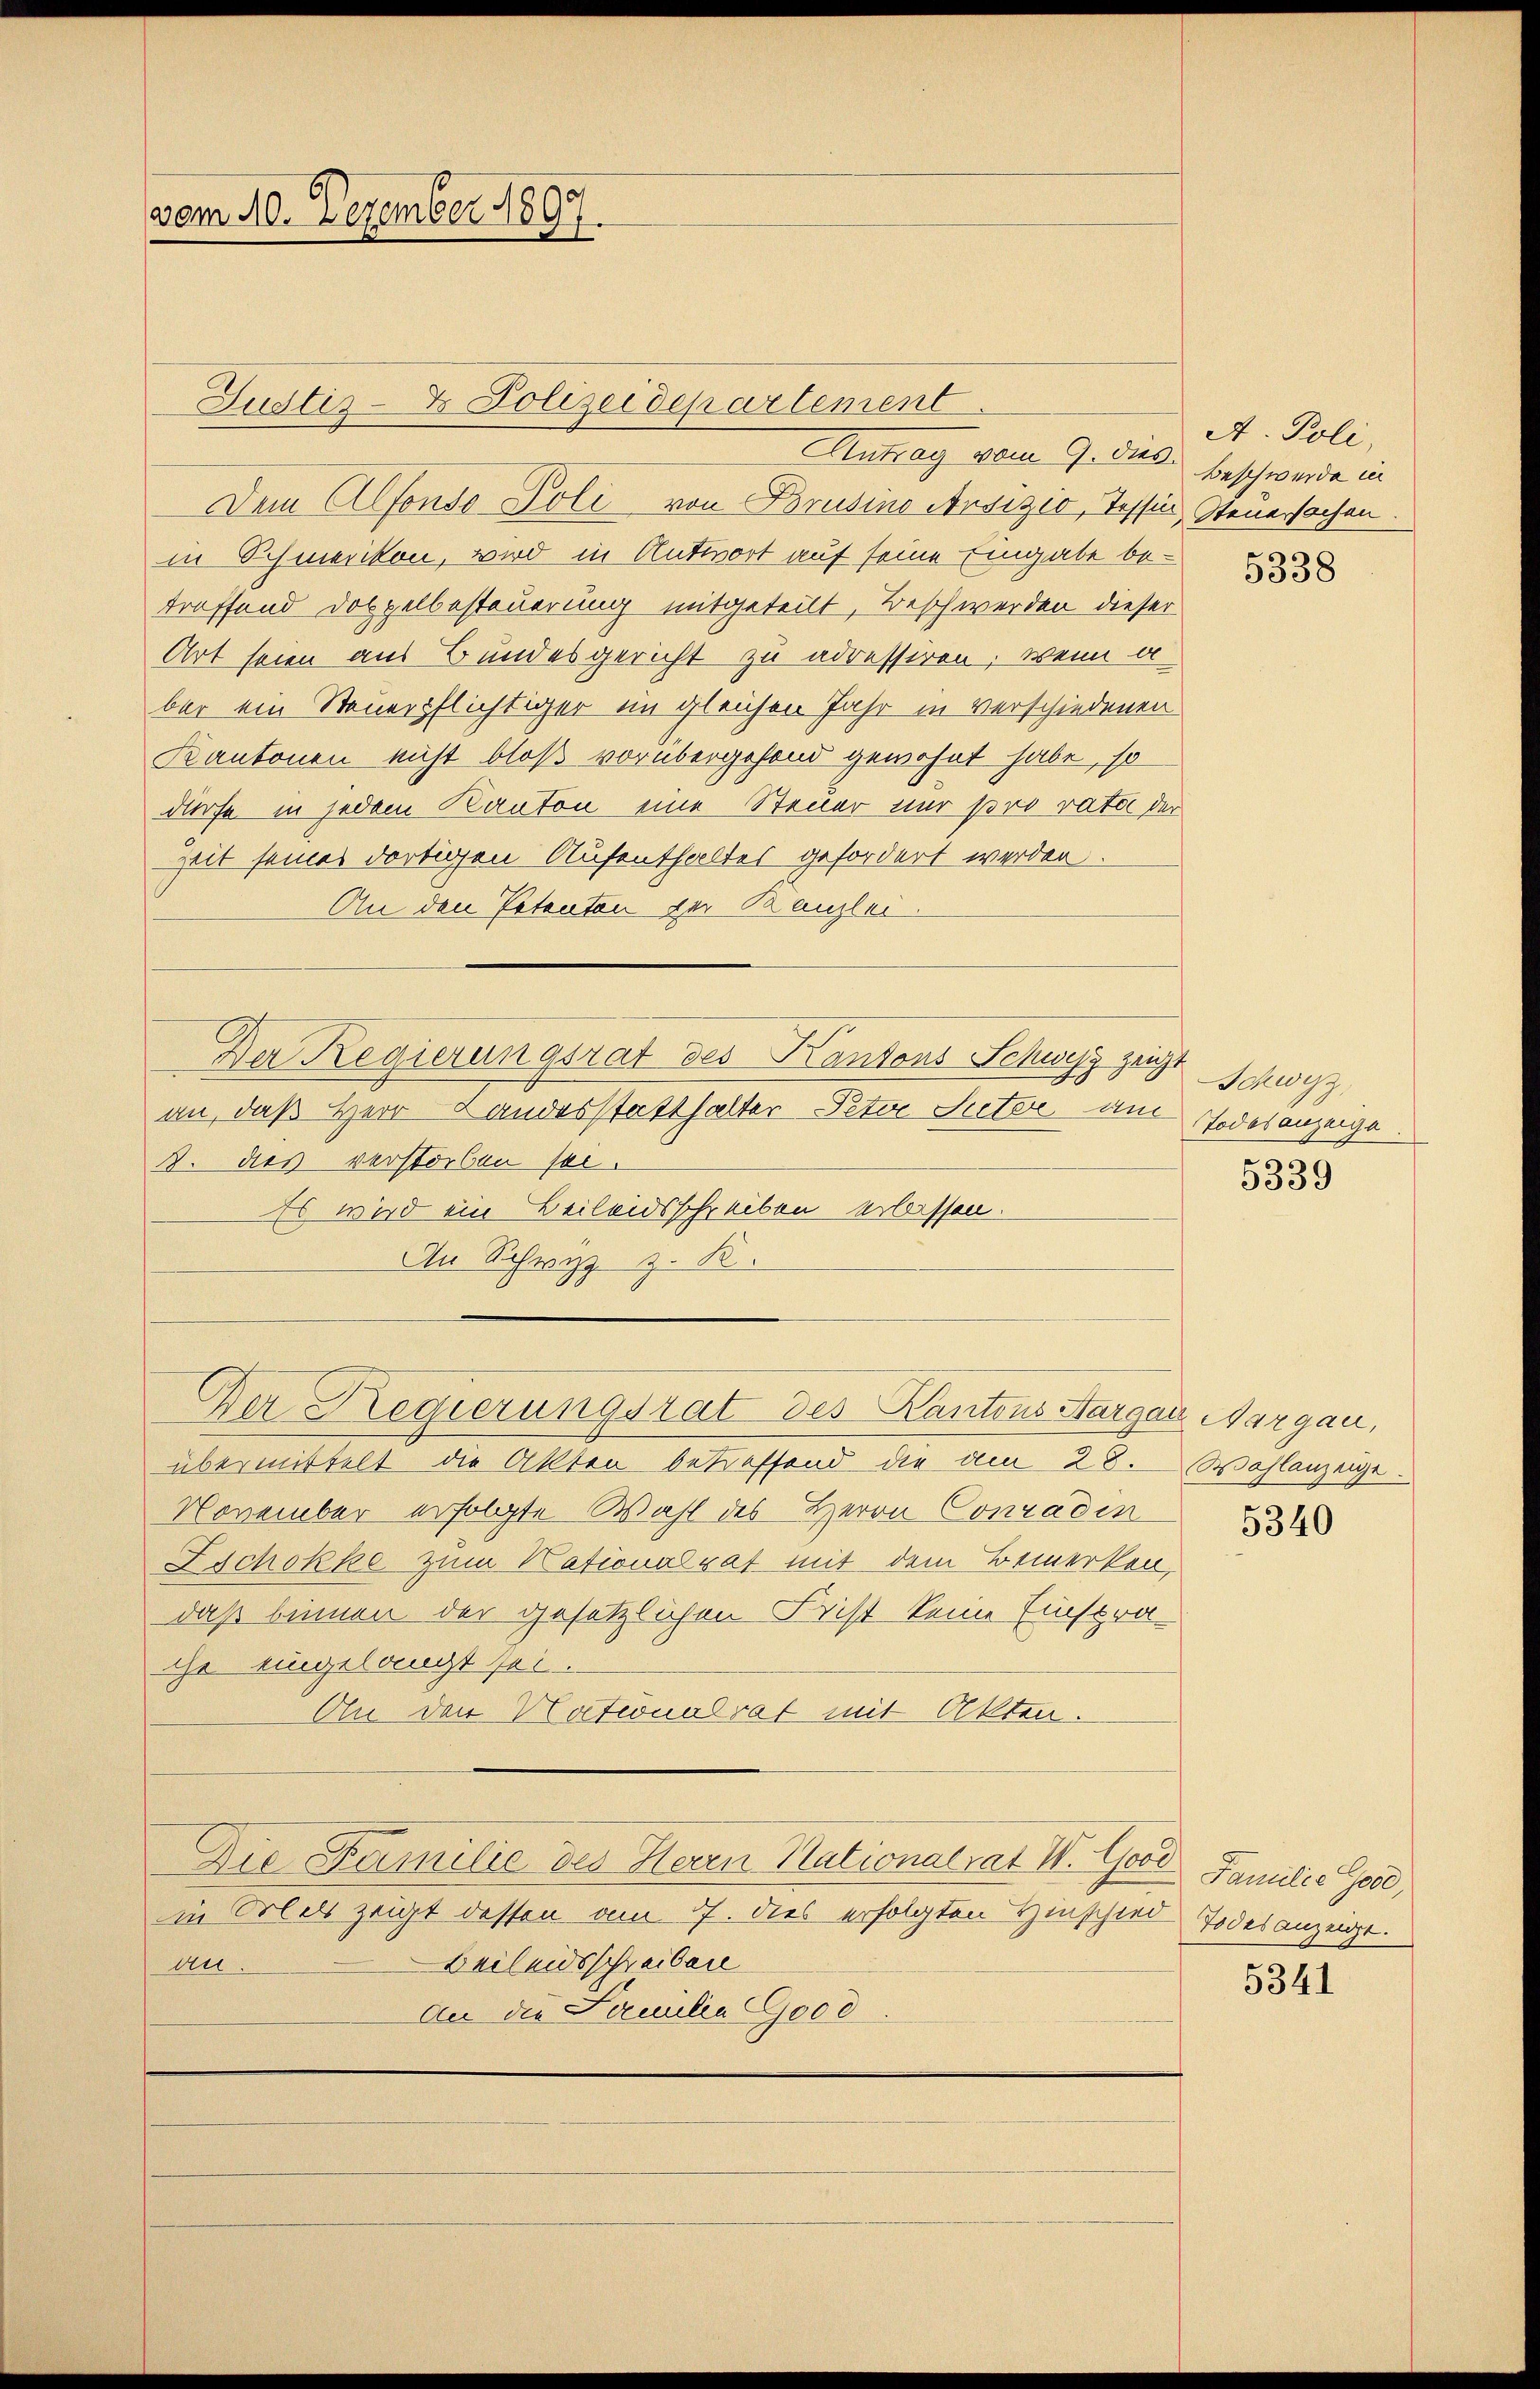
vom 10. Dezember 1897.

Antrag vom 9. ds. beschwerde in
Dem Alfonso Poli von Brusine Ansizio, Tessin, Steuersachen.
in Schmerikon, wird in Antwort auf seine Eingabe betroffend Doppelbesteuerung mitgeteilt, Beschwerden dieser
Art seien aus Bundesgericht zu adressiren, wenn a
ber ein Steuerpflichtiger im gleichen Jahr in verschiedenen
Kantonen nicht bloß vorübergehend gewohnt habe, so
dürfe in jedem Kanton eine Steuer nur pro rata der
Zeit seines dortigen Aufenthaltes gefordert werden.
An den Petenten der Kanzlei
an, daß Herr Landesstatthalter Peter Suter am
3. dies verstorben sei.
Es wird ein Beileidsschreiben erlassen.
An Schwyz z. B.
Der Regierungsrat des Kantons Aargau, Aargau,
übermittelt die Akten betreffend die am 28. Wahlanzeige.
November erfolgte Wahl des Herrn Conradin
Zschokke zum Nationalrat mit dem Bemerken,
daß binnen der gesetzlichen Frist keine Einstra-
ihr eingelangt sei.
An den Nationalrat mit Akten.
Die Familie des Herrn Nationalrat V. Good Familie Gese
in Was zeigt dessen am 7. dies erfolgten Hinschied Todesanzeigt.
Beileidsschreiben
an.
An die Familia Good

Justiz- & Polizeidepartement

Der Regierungsrat des Kantons Schwyz zeigt Schwyz

A. Poli

5338

Todesanzeige
5339

5340

5341